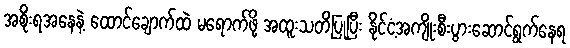
အစိုးရအနေနဲ့ ထောင်ချောက်ထဲ မရောက်ဖို့ အထူးသတိပြုပြီး နိုင်ငံ့အကျိုးစီးပွားဆောင်ရွက်နေရ